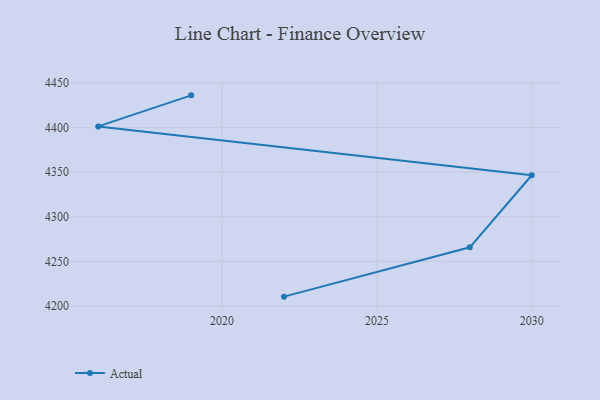
{"axis": {"x": "Year", "y": "Net Income (USD K)"}, "legend": ["Actual"], "data": [{"x": "2019", "y": 4436.2, "type": "Actual"}, {"x": "2016", "y": 4401.4, "type": "Actual"}, {"x": "2030", "y": 4346.6, "type": "Actual"}, {"x": "2028", "y": 4265.8, "type": "Actual"}, {"x": "2022", "y": 4210.5, "type": "Actual"}]}